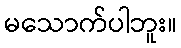
မသောက်ပါဘူး။